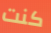
كنت